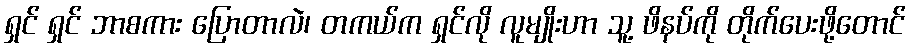
ရှင် ရှင် ဘာစကား ပြောတာလဲ၊ တကယ်က ရှင်လို လူမျိုးဟာ သူ့ ဖိနပ်ကို တိုက်ပေးဖို့တောင်